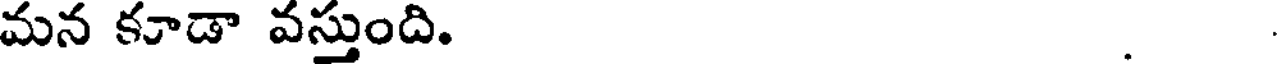
మన కూడా వస్తుంది. .